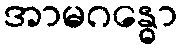
အာမဂန္ဓော